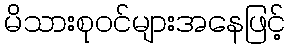
မိသားစုဝင်များအနေဖြင့်